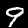
Label: 9